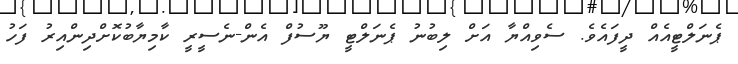
ޕެނަލްޓީއެއް ދީފައެވެ. ސެވިއްޔާ އަށް ލިބުނު ޕެނަލްޓީ ޔޫސުފް އެން-ނެސީރީ ކާމިޔާބުކޮށްދިންއިރު ފަހު